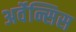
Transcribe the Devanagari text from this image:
अर्वेन्सिस